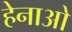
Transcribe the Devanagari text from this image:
हेनाओ